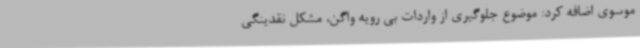
موسوی اضافه کرد: موضوع جلوگیری از واردات بی رویه واگن، مشکل نقدینگی